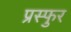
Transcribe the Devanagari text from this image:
प्रस्फुर